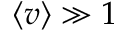
\left\langle v \right\rangle \gg 1